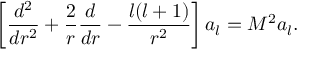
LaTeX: \left[ { \frac { d ^ { 2 } } { d r ^ { 2 } } } + { \frac { 2 } { r } } { \frac { d } { d r } } - { \frac { l ( l + 1 ) } { r ^ { 2 } } } \right] a _ { l } = M ^ { 2 } a _ { l } .